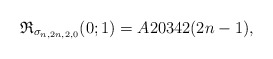
\begin{gather*}\mathfrak{R}_{\sigma_{n,2n,2,0}}(0;1) = A20342(2n-1),\end{gather*}